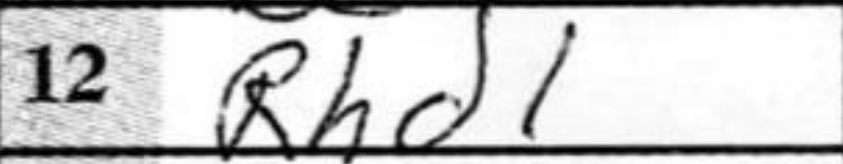
Transcription: Rhd1